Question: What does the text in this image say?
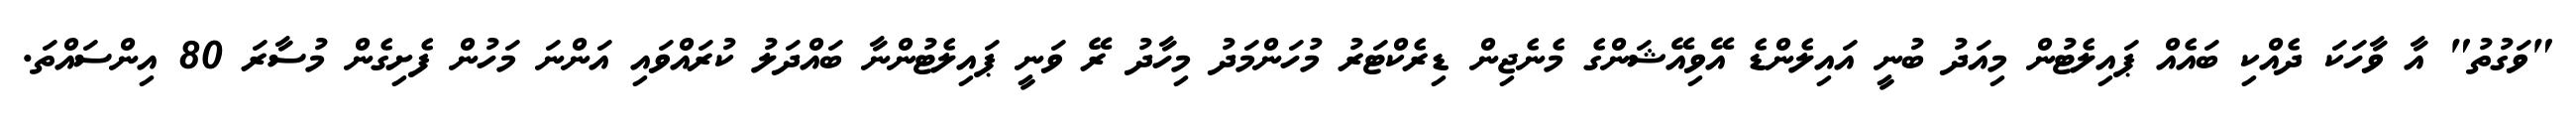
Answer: "ވަގުތު" އާ ވާހަކަ ދެއްކި ބައެއް ޕައިލެޓުން މިއަދު ބުނީ އައިލެންޑެ އޭވިއޭޝަންގެ މެނެޖިން ޑިރެކްޓަރު މުހަންމަދު މިހާދު ރޭ ވަނީ ޕައިލެޓުންނާ ބައްދަލު ކުރައްވައި އަންނަ މަހުން ފެށިގެން މުސާރަ 80 އިންސައްތަ.